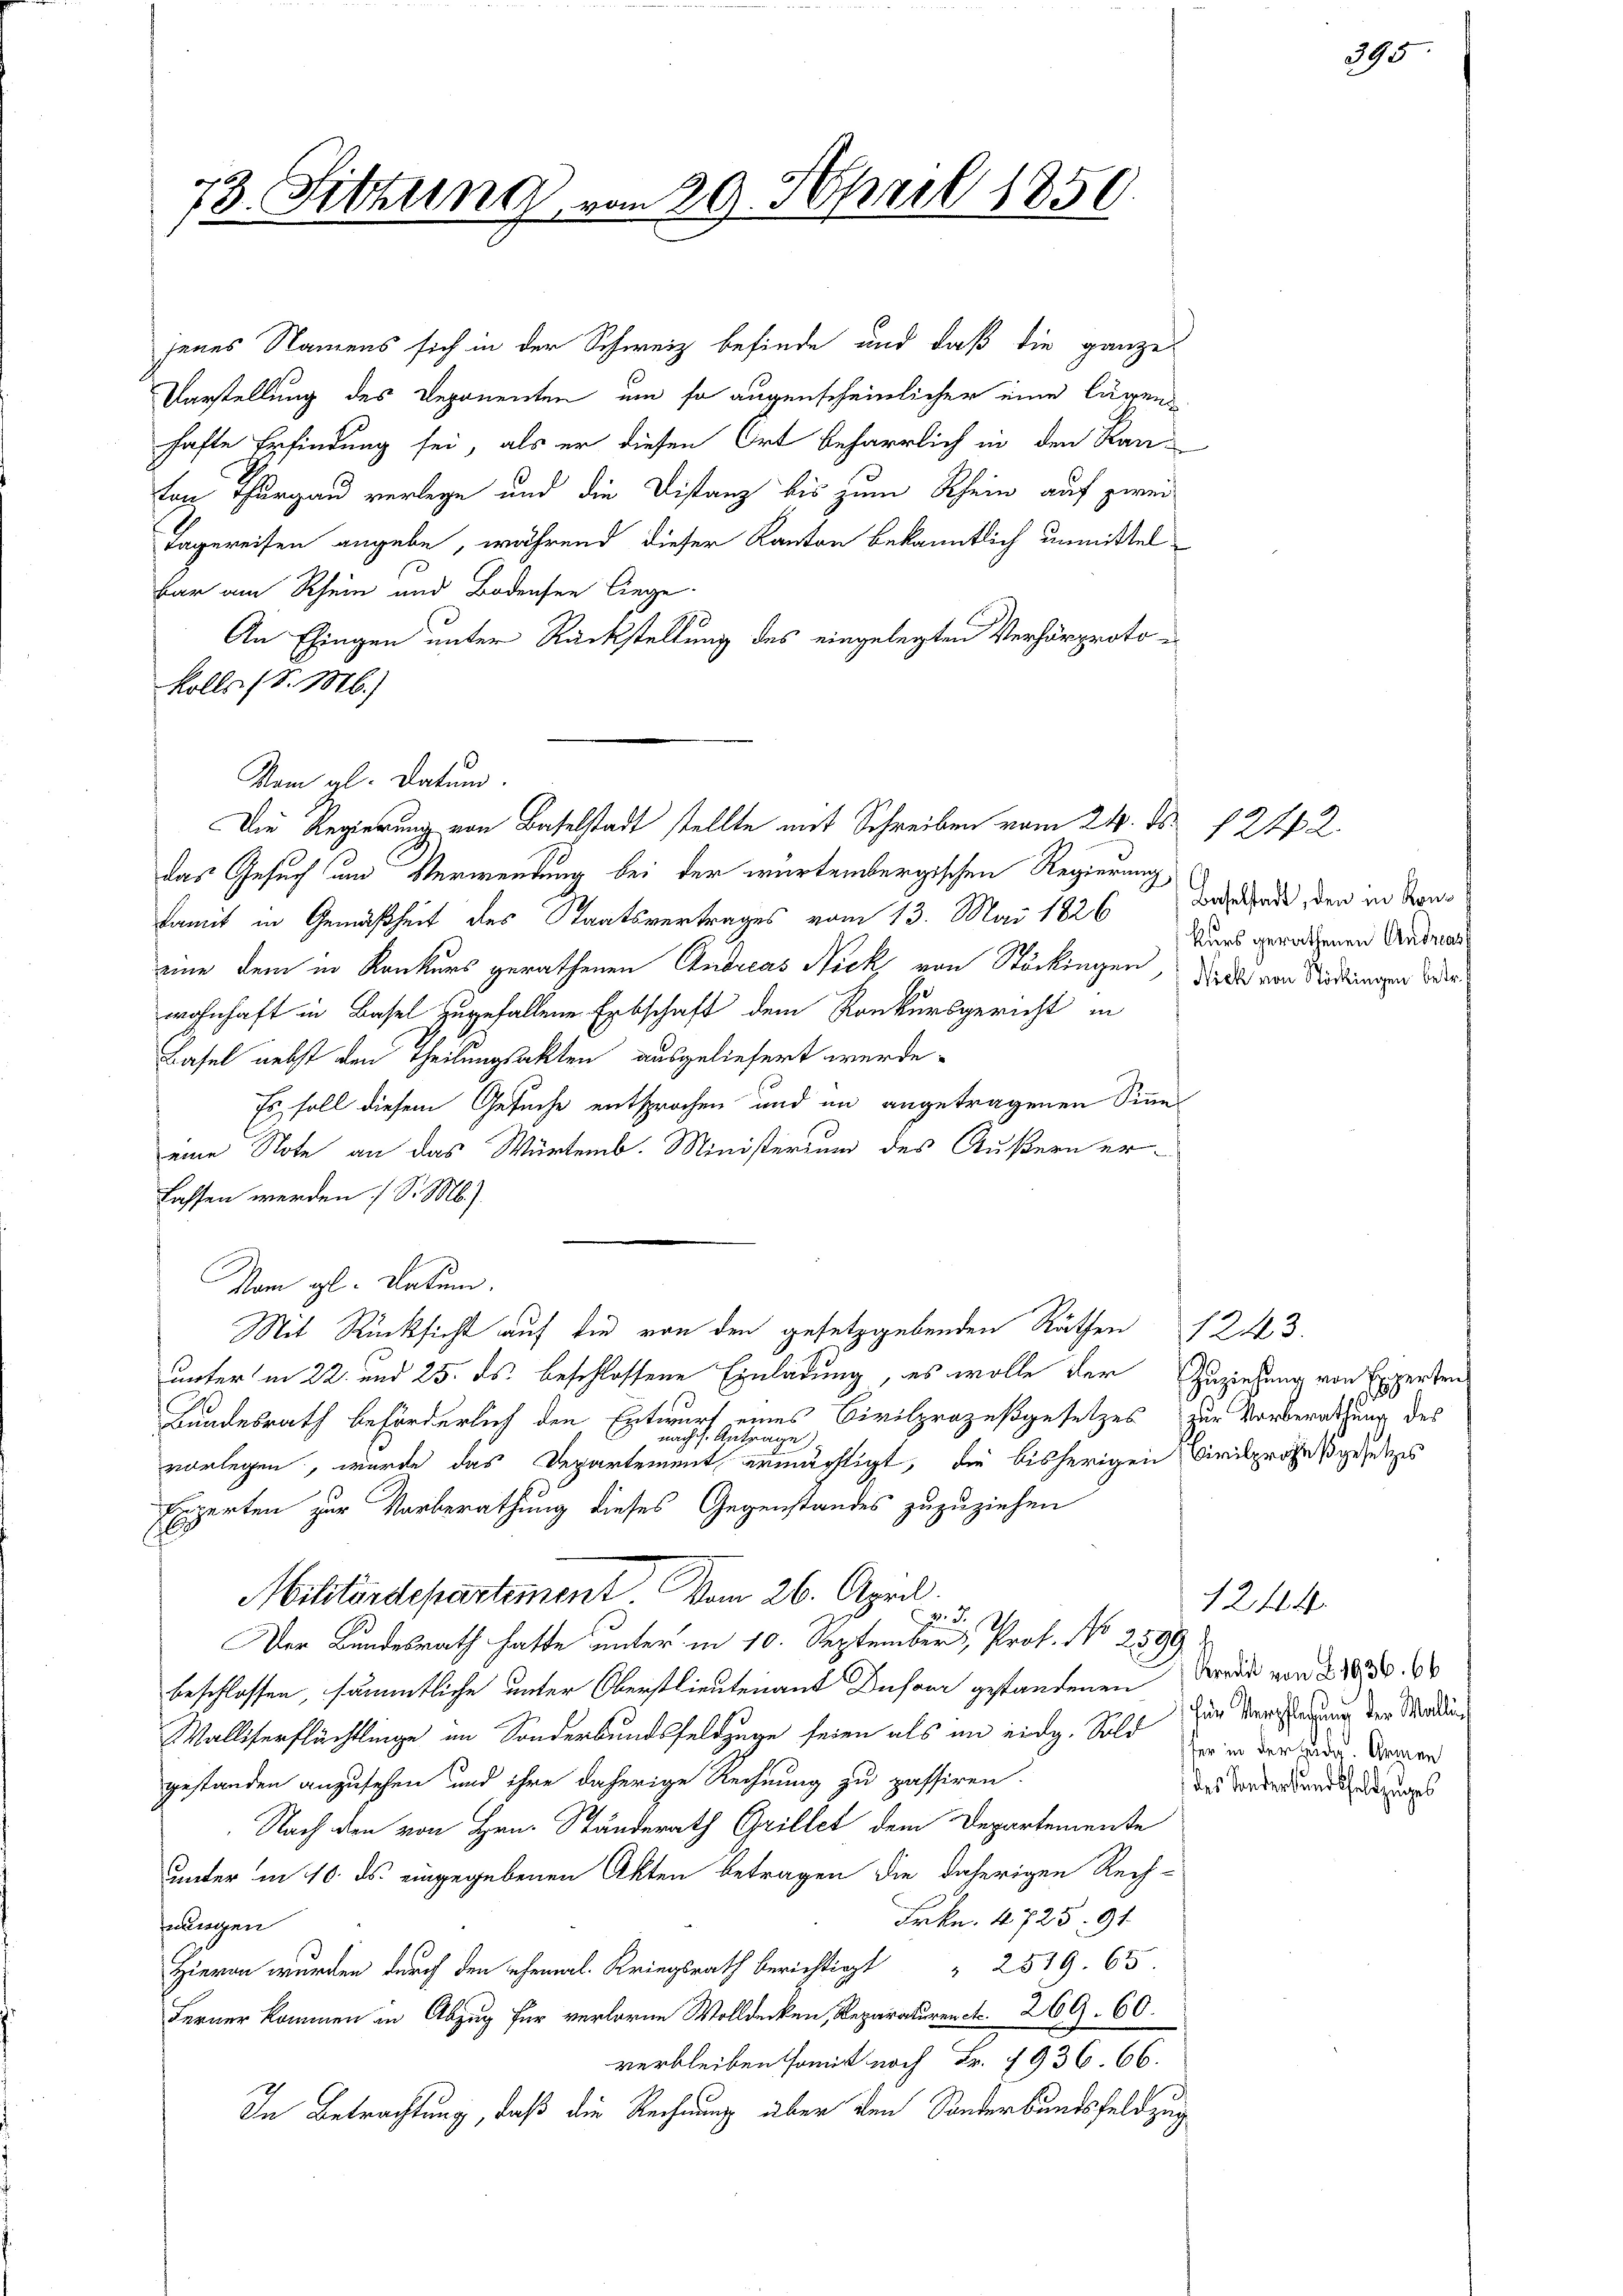
73. Sitzung vom 29. April 1850.

jenes Namens sich in der Schweiz befinde und daß die ganze
Varstellung des Deponenten, um so augenscheinlicher eine lägen
hafte Erfindung sei, als er diesen Ort beharrlich in den Kan-
ton Thurgau verlegen und die Distanz bis zum Rhein auf zwei
Tagereisen angebe, während dieser Kanton bekanntlich unmittelbar am Rhein und Bodensee liege.
An Eingen unter Rückstellung des eingelegten Verhörprotokolls (S. M.)
Nam al. Datum.
das Gesuch und Verwendung bei der wartembergischen Regierung
damit in Gemäßheit des Staatsvertrages vom 13. Mai 1826 Beschade, den in Staneine dem in Konkurs gerathenen Andreas Nick von Stöckingen, die der von Rodungen oder
wohnhaft in Basel zugefallene Erbschaft dem Ronkursgericht in
Basel nebst den Theilungsakten ausgeliefert werde.
Es soll diesem Gesuche entsprochen und in angetragenen Sinne
eine Note an das Würtemb. Ministerium des Äußern erlassen werden (S. M.).
Vom gl. Datum.
Mit Rücksicht auf die von den gesetzgebenden Räthen 1243.
unter in 22. und 25. ds. beschlossene Einladung, es wolle der Zuziehung von Experten
Bundesrath beförderlich den Entwurf eines Civilprozeßgesetzes zur Vorberathung des
nach Anträge)
vorlegen, wurde das Departement ermächtigt, die bisherigen Civilprozeßgesetzes
Experten zur Vorberathung dieses Gegenstandes zuzuziehen
E
Militärdepartement. Vom 26. April
 S. 12
s
Der Bundesrath hatte unter in 10. September, Prof. No 2599
beschlossen, sämmtliche unter Oberstlieutenant Insam gestandenen Brode von § 288. 6
Walliserflächtlinge im Sonderbundsfeldzüge seien als im eidg. Sold wir der Hand. Der
gestanden anzusehen und ihre daherige Rechnung zu passiren.
Nach den von Hrn. Standerath Grillet dem Departemente
unter in 10. ds. eingegebenen Akten betragen die daherigen Rech-
Frkn. 4725. 91
nungen
Hieran wurden durch den ehemal. Kriegsrath berichtigt  2519. 65.
Ferner kommen in Abzug für verloren Wolldecken, Reparaturen c. 269. 60.
verbleiben somit noch Fr. 7936. 66.
In Betrachtung, daß die Rechnung über den Sonderbundsfeldzug

Die Regierung von Baselstadt stellte mit Schreiben vom 24. ds.

kurs gerathenen Andreas

¬

für Verpflegung der Wallides Sonderbandsfeldzuges

1244.

1242.

395